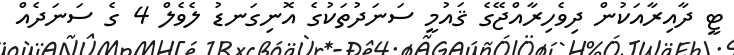
ޓީ ދާއިރާއަކުން ދިވެހިރާއްޖޭގެ ޤައުމީ ސަނަދުތަކުގެ އޮނިގަނޑު ލެވެލް 4 ގެ ސަނަދެއް